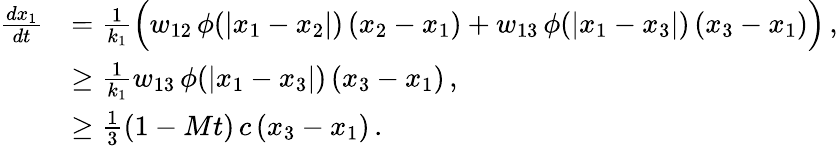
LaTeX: \begin{array}{rl}{\frac{dx_{1}}{dt}}&{=\frac{1}{k_{1}}\Big(w_{12}\, \phi(|x_{1}-x_{2}|)\, (x_{2}-x_{1})+w_{13}\, \phi(|x_{1}-x_{3}|)\, (x_{3}-x_{1})\Big)\, ,}\\ &{\geq\frac{1}{k_{1}}w_{13}\, \phi(|x_{1}-x_{3}|)\, (x_{3}-x_{1})\, ,}\\ &{\geq\frac{1}{3}(1-Mt)\, c\, (x_{3}-x_{1})\, .}\end{array}